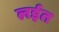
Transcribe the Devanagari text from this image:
लईत